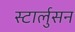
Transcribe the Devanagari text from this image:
स्टार्लुसन